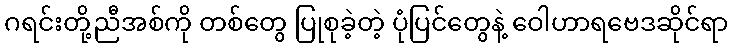
ဂရင်းတို့ညီအစ်ကို တစ်တွေ ပြုစုခဲ့တဲ့ ပုံပြင်တွေနဲ့ ဝေါဟာရဗေဒဆိုင်ရာ